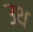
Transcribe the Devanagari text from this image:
उथ